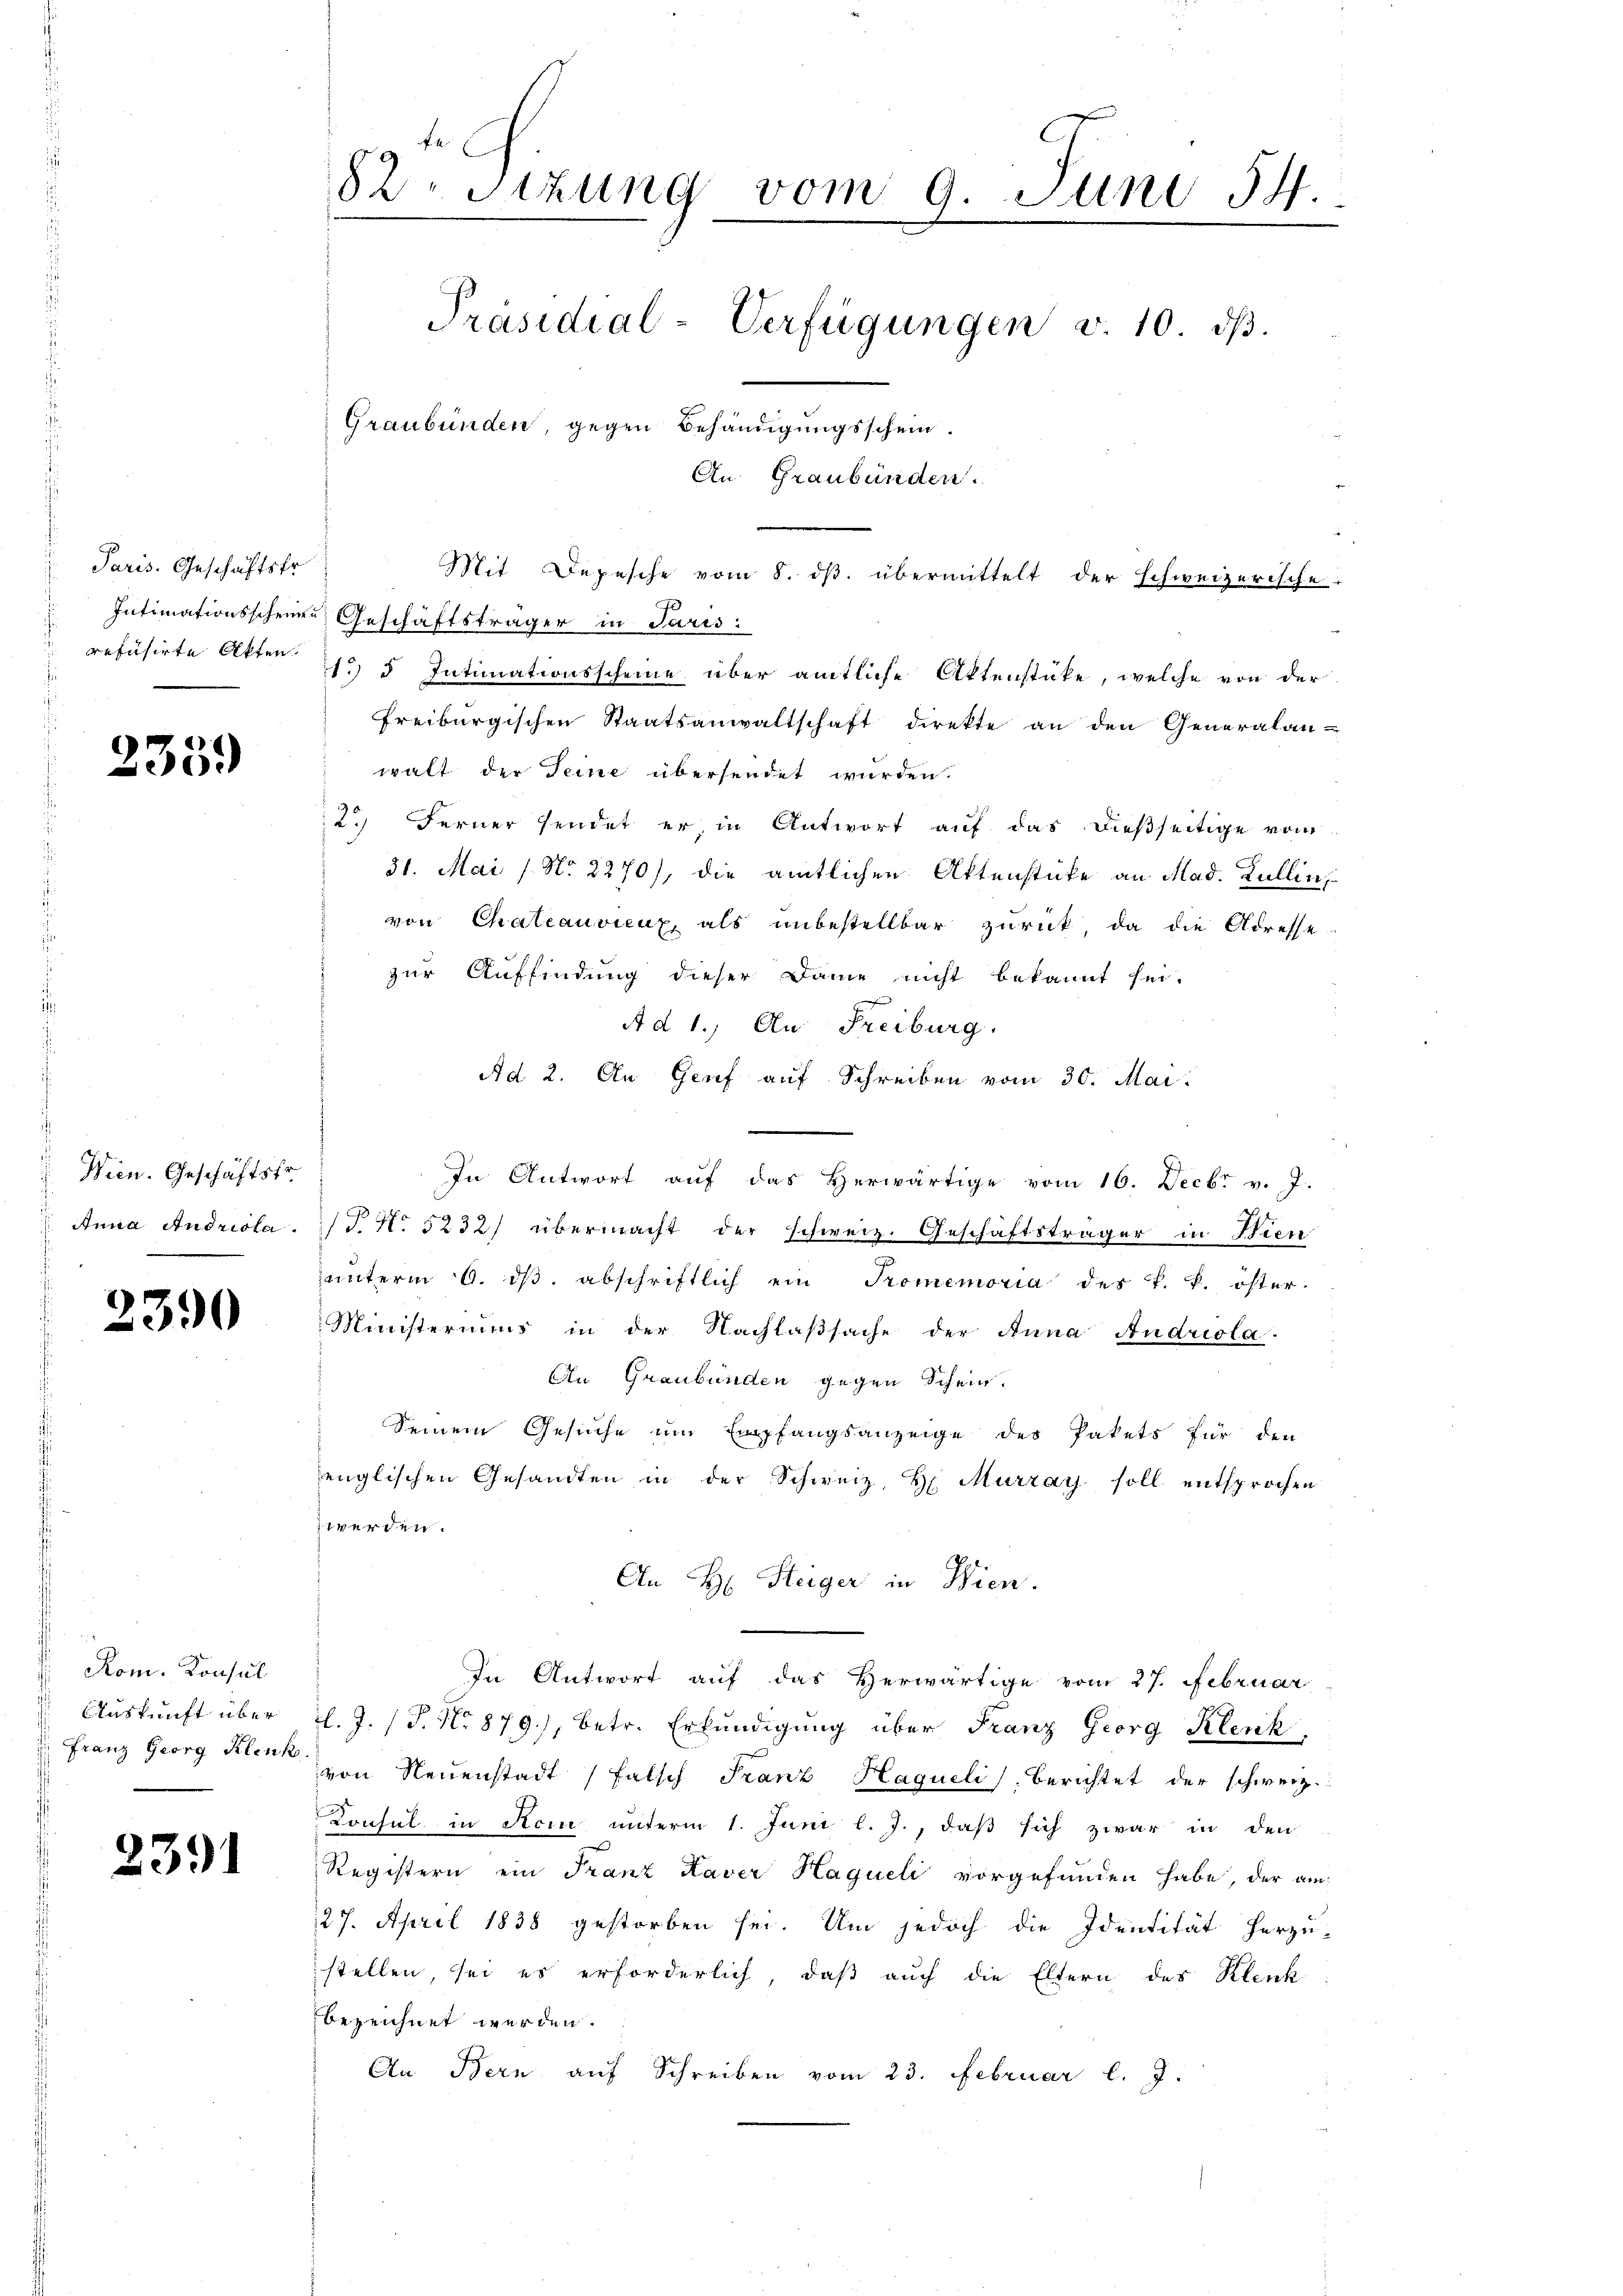
Paris. Geschäftstr
refüsirte Akten.

235.

Wien. Geschäftsfr.
 Anna Andrista

2390

Rom. Konsul
s
Auskunft über
 Franz Georg Klenk

2391

82. Sitzung vom 9. Juni 54.
Präsidial-Verfügungen v. 10. dβ.
Graubünden, gegen Behändigungsschein.
An Graubünden.

Mit Depesche vom 8. ds. übermittelt der schweizerische
Intimationsscheine Geschäftsträger in Paris:
1.) d Intimationsscheine über amtliche Aktenstücke, welche von der
Freiburgischen Staatsanwaltschaft direkte an den Generalan-
walt der Seine übersendet wurden.
2.) Ferner sendet er, in Antwort auf das dießseitige vom
31. Mai / No 2270), die amtlichen Aktenstücke an Mad. Zullin,
von Chateauvieux, als unbestellbar zurück, da die Adresse
zur Auffindung dieser Dame nicht bekannt sei.
m
A d 1.) An Freiburg.
Ad 2. An Genf auf Schreiben vom 30. Mai.
In Antwort aŭf das herwärtige vom 16. Decbr v. J.
T. No 5232) übermacht der schweiz. Geschäftsträger in Bien
ŭnterm 6. dβ. abschriftlich ein Promemoria des k. k. öster.
Ministeriums in der Nachlaßsache der Anna Andriola.
An Graubünden gegen Schein¬
Seinem Gesuche um Empfangsanzeige des Pakets für den
englischen Gesandten in der Schweiz, H. Murzay soll entsprochen
 werden.
An H: Steiger in Wien.
In Antwort auf das Verwärtige vom 27. Februar
l. J. (T. No 879), betr. Erkundigung über Franz Georg Klenk
von Neuenstadt falsch Franz Haqueli), Berichtet der schweiz.
Konsul in Acin unterm 1. Juni l. J., daβ sich zwar in den
Registern ein Franz Kaver Hagueli vorgefunden habe, der am
127. April 1838 gestorben sei. Um jedoch die Identität herzu-
stellen, sei es erforderlich, daß auch die Eltern des Klenk
bezeichnet werden.
An Bern auf Schreiben vom 23. Februar l. J.